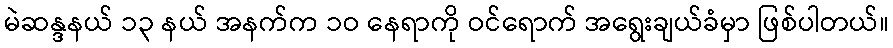
မဲဆန္ဒနယ် ၁၃ နယ် အနက်က ၁ဝ နေရာကို ဝင်ရောက် အရွေးချယ်ခံမှာ ဖြစ်ပါတယ်။